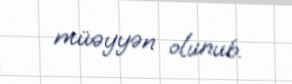
müəyyən olunub.